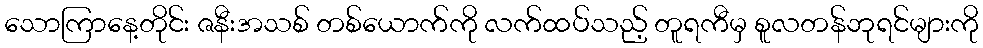
သောကြာနေ့တိုင်း ဇနီးအသစ် တစ်ယောက်ကို လက်ထပ်သည့် တူရကီမှ စူလတန်ဘုရင်များကို